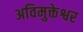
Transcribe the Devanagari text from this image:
अविमुक्तेश्वर